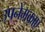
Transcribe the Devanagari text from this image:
उपनेमकाएं